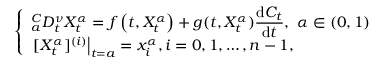
\left\{ \begin{array} { l } { \displaystyle _ { a } ^ { C } D _ { t } ^ { \nu } X _ { t } ^ { \alpha } = f \left( t , X _ { t } ^ { \alpha } \right) + g ( t , X _ { t } ^ { \alpha } ) \frac { \mathrm d C _ { t } } { \mathrm d t } , ~ \alpha \in ( 0 , 1 ) } \\ { \left. [ X _ { t } ^ { \alpha } ] ^ { ( i ) } \right| _ { t = a } = x _ { i } ^ { \alpha } , i = 0 , 1 , \ldots , n - 1 , } \end{array} \right.